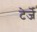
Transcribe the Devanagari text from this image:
टेर्जे